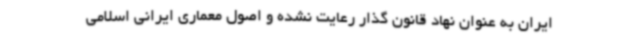
ایران به عنوان نهاد قانون گذار رعایت نشده و اصول معماری ایرانی اسلامی